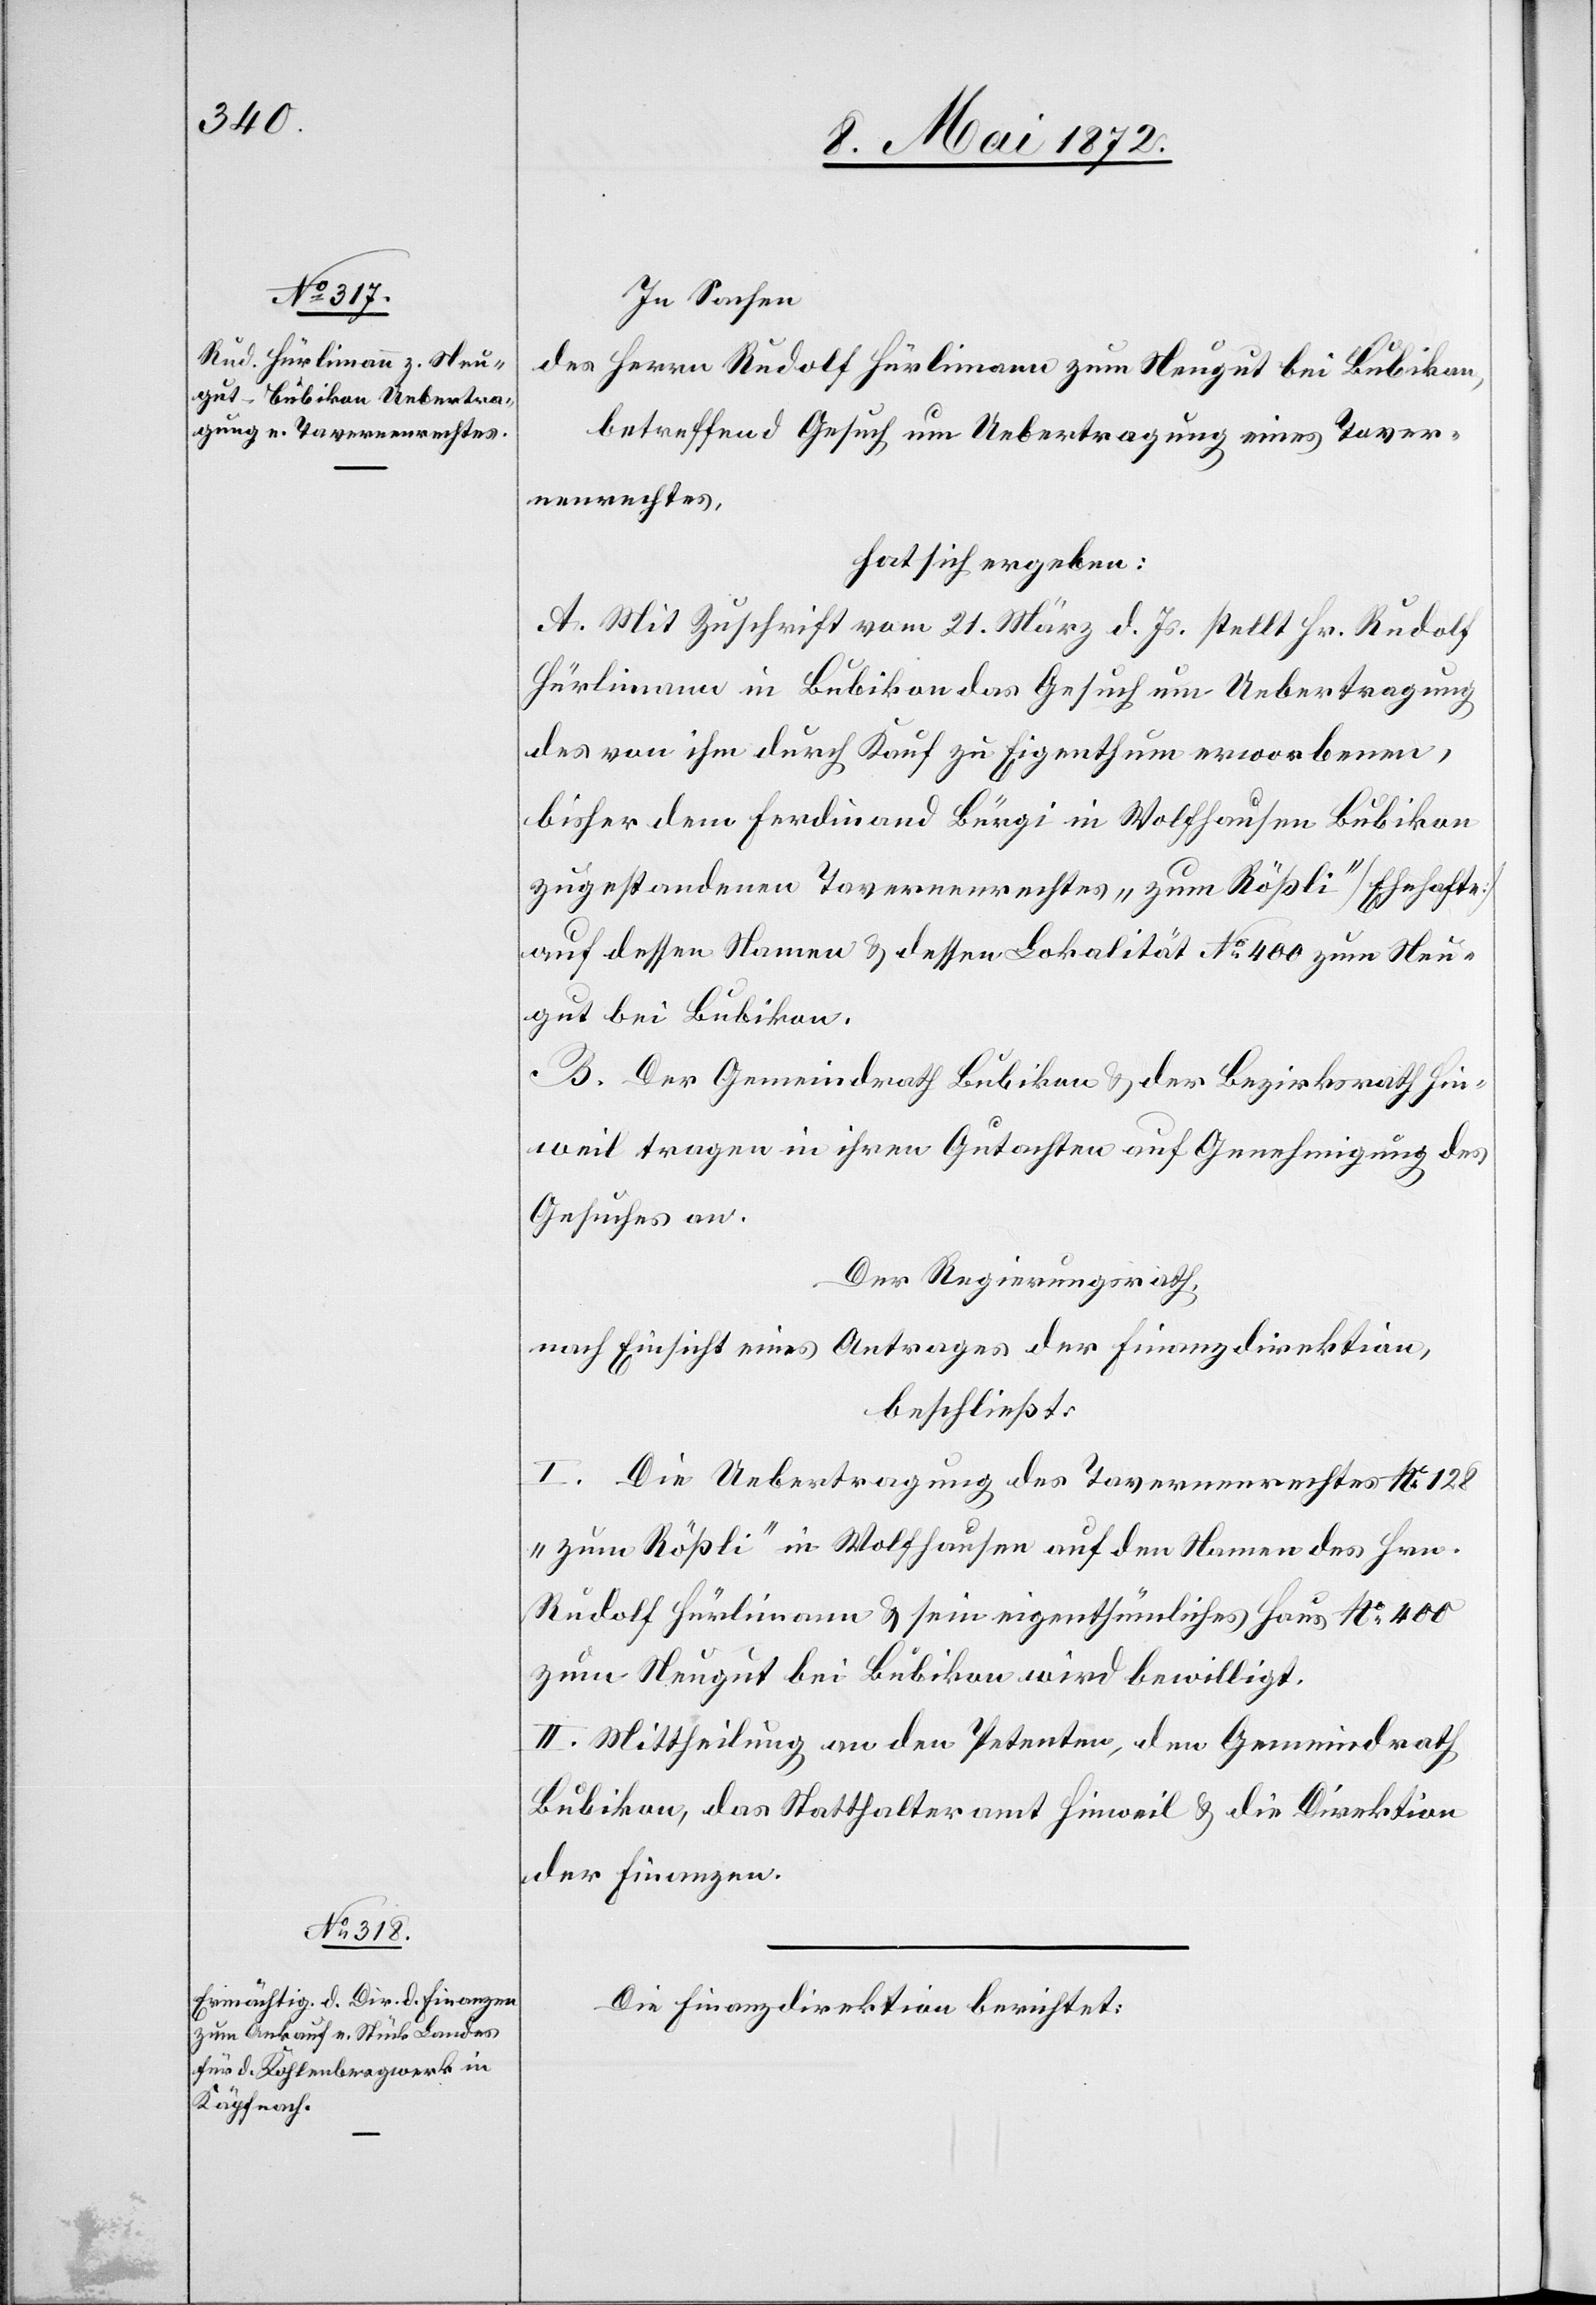
In Sachen
des Herrn Rudolf Hürlimann zum Neugut bei Bubikon
betreffend Gesuch um Uebertragung eines Taver¬
nenrechtes,
hat sich ergeben:
A. Mit Zuschrift vom 21. März d. Js. stellt Hr. Rudolf
Hürlimann in Bubikon das Gesuch um Uebertragung
des von ihm durch Kauf zu Eigenthum erworbenen,
bisher dem Ferdinand Bürgi in Wolfhausen Bubikon
zugestandenen Tavernenrechtes „zum Rößli“ [Ehehafte]
auf dessen Namen u. dessen Lokalität No 400 zum Neu¬
gut bei Bubikon.
B. Der Gemeindrath Bubikon u. der Bezirksrath Hin¬
weil tragen in ihren Gutachten auf Genehmigung des
Gesuches an.
Der Regierungsrath,
nach Einsicht eines Antrages der Finanzdirektion,
beschließt:
I. Die Uebertragung des Tavernenrechtes No 128
„zum Rößli“ in Wolfhausen auf den Namen des Hrn.
Rudolf Hürlimann u. sein eigenthümliches Haus No 400
zum Neugut bei Bubikon wird bewilligt.
II. Mittheilung an den Petenten, den Gemeindrath
Bubikon, das Statthalteramt Hinweil u. die Direktion
der Finanzen.
Di Finanzdirektion berichtet: